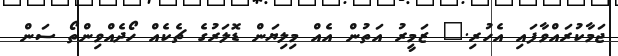
ޖަމާކުރައްވާފައި އެހުރި." ޒަމީރު އަތުން އެއް މިލިޔަން ޑޮލަރުގެ ޗެކެއް ހޯދެއްވިންތޯ ސަން